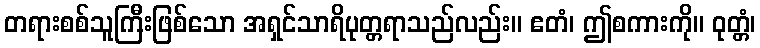
တရားစစ်သူကြီးဖြစ်သော အရှင်သာရိပုတ္တရာသည်လည်း။ ဧတံ၊ ဤစကားကို။ ဝုတ္တံ၊